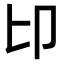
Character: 𠨐